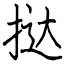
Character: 挞